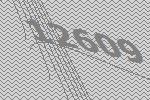
12609